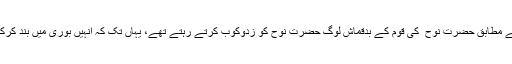
بعض روایات کے مطابق حضرت نوح ؑ کی قوم کے بدقماش لوگ حضرت نوحؑ کو زدوکوب کرتے رہتے تھے، یہاں تک کہ انہیں بوری میں بند کرکے مارتے تھے۔